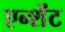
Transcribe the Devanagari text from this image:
एन्शेंट